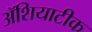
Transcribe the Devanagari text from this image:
ॲशियाटीक